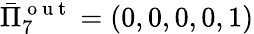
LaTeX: \bar{\Pi}_{7}^{\mathrm{~o~u~t~}}=(0,0,0,0,1)